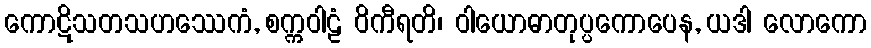
ကောဋိသတသဟဿေကံ, စက္ကဝါဠံ ဝိကီရတိ၊ ဝါယောဓာတုပ္ပကောပေန, ယဒါ လောကော